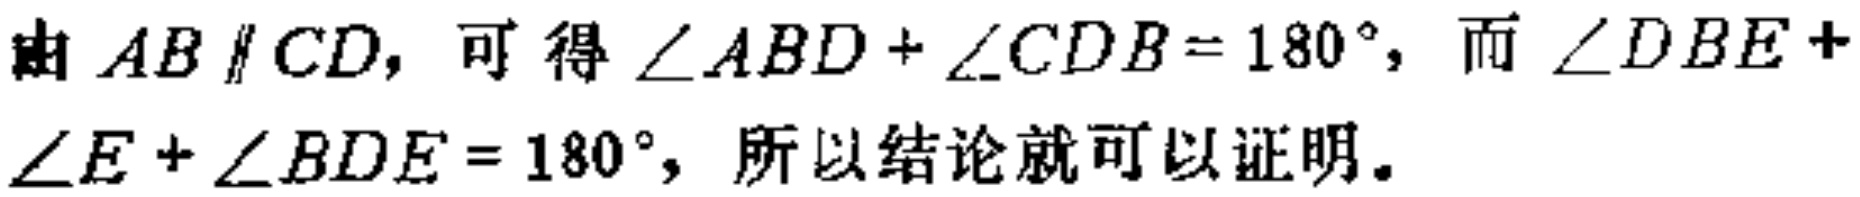
由 \(AB\parallel CD\)，可得 \(\angle ABD + \angle CDB = 180^{\circ}\)，而 \(\angle DBE + \angle E + \angle BDE = 180^{\circ}\)，所以结论就可以证明。